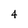
Character: 4